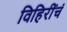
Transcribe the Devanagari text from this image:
विहिरींचं